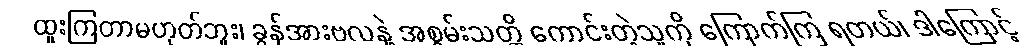
ထူးကြတာမဟုတ်ဘူး၊ ခွန်အားဗလနဲ့ အစွမ်းသတ္တိ ကောင်းတဲ့သူကို ကြောက်ကြ ရတယ်၊ ဒါကြောင့်